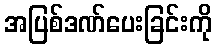
အပြစ်ဒဏ်ပေးခြင်းကို